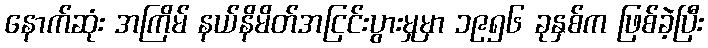
နောက်ဆုံး အကြိမ် နယ်နိမိတ်အငြင်းပွားမှုမှာ ၁၉၅၆ ခုနှစ်က ဖြစ်ခဲ့ပြီး